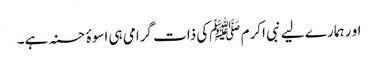
او ر ہمارے لیے نبی اکرم ﷺکی ذات گرامی ہی اسوۂ حسنہ ہے۔